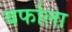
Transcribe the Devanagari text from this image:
बर्फाला